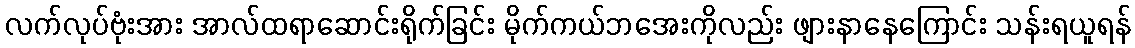
လက်လုပ်ဗုံးအား အာလ်ထရာဆောင်းရိုက်ခြင်း မိုက်ကယ်ဘအေးကိုလည်း ဖျားနာနေကြောင်း သန်းရယူရန်